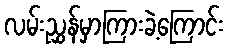
လမ်းညွှန်မှာကြားခဲ့ကြောင်း